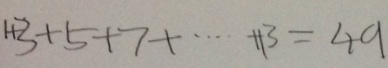
1 + 3 + 5 + 7 + \cdots + 1 3 = 4 9